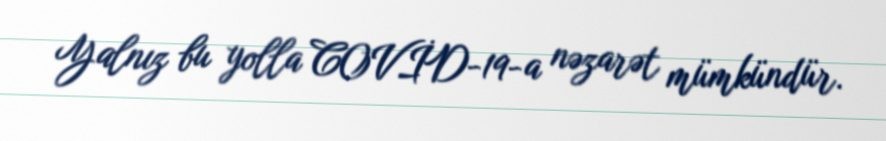
Yalnız bu yolla COVİD-19-a nəzarət mümkündür.